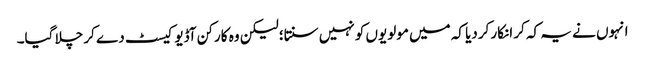
انہوں نے یہ کہ کر انکار کردیا کہ میں مولویوں کو نہیں سنتا؛ لیکن وہ کارکن آڈیو کیسٹ دے کر چلا گیا۔